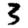
Digit: 3